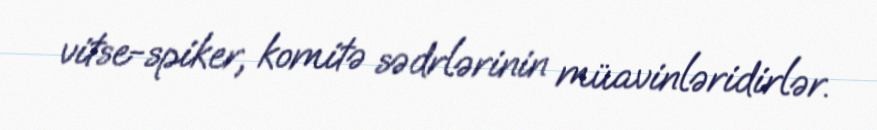
vitse-spiker, komitə sədrlərinin müavinləridirlər.